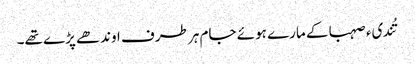
تُندیء صہبا کے مارے ہوئے جام ہر طرف اوندھے پڑے تھے۔